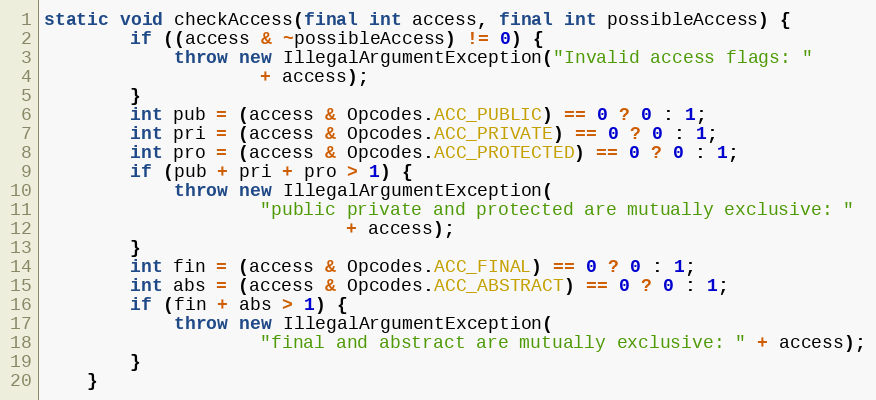
Language: Java
static void checkAccess(final int access, final int possibleAccess) {
        if ((access & ~possibleAccess) != 0) {
            throw new IllegalArgumentException("Invalid access flags: "
                    + access);
        }
        int pub = (access & Opcodes.ACC_PUBLIC) == 0 ? 0 : 1;
        int pri = (access & Opcodes.ACC_PRIVATE) == 0 ? 0 : 1;
        int pro = (access & Opcodes.ACC_PROTECTED) == 0 ? 0 : 1;
        if (pub + pri + pro > 1) {
            throw new IllegalArgumentException(
                    "public private and protected are mutually exclusive: "
                            + access);
        }
        int fin = (access & Opcodes.ACC_FINAL) == 0 ? 0 : 1;
        int abs = (access & Opcodes.ACC_ABSTRACT) == 0 ? 0 : 1;
        if (fin + abs > 1) {
            throw new IllegalArgumentException(
                    "final and abstract are mutually exclusive: " + access);
        }
    }